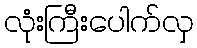
လုံးကြီးပေါက်လှ